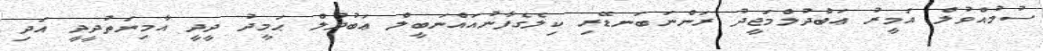
ސުމުއްވުލް އަމީރު ޢަބްދުލްމަޖީދު ރަންނަބަނޑޭރި ކިލެގެފާނުއައްނަބީލް ޢަބުދުލް ޙަމީދު ދީދީ އާމިނަތުދީދީ އަދި